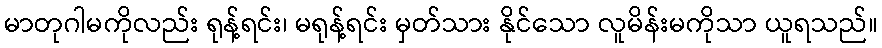
မာတုဂါမကိုလည်း ရုန့်ရင်း၊ မရုန့်ရင်း မှတ်သား နိုင်သော လူမိန်းမကိုသာ ယူရသည်။